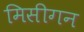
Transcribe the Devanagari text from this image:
मिसीगन